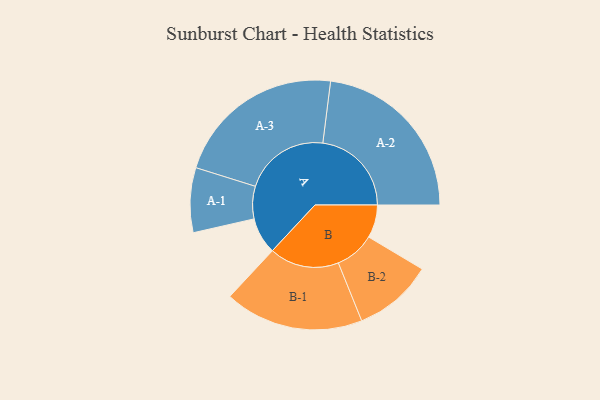
{"axis": {"x": "Segment", "y": "Value"}, "legend": ["", "A", "B"], "data": [{"x": "A", "y": 113, "type": ""}, {"x": "B", "y": 102, "type": ""}, {"x": "A-1", "y": 100, "type": "A"}, {"x": "A-2", "y": 274, "type": "A"}, {"x": "A-3", "y": 264, "type": "A"}, {"x": "B-1", "y": 215, "type": "B"}, {"x": "B-2", "y": 123, "type": "B"}]}